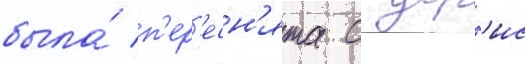
была́ п'ер'есн'ята с дор'ис